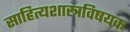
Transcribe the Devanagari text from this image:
साहित्यशास्त्रविषयक